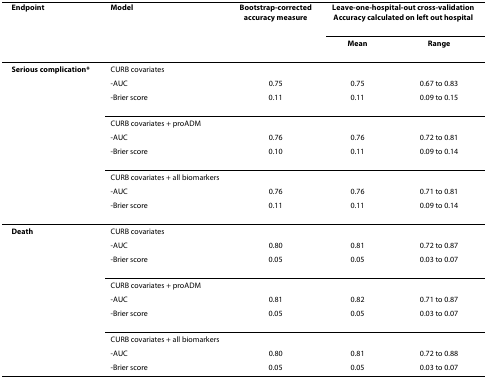
<table><thead><tr><td><b>Endpoint</b></td><td><b>Model</b></td><td><b>Bootstrap-corrected accuracy measure</b></td><td colspan="2"><b>Leave-one-hospital-out cross-validationAccuracy calculated on left out hospital</b></td></tr><tr><td></td><td></td><td></td><td><b>Mean</b></td><td><b>Range</b></td></tr></thead><tbody><tr><td><b>Serious complication*</b></td><td>CURB covariates</td><td></td><td></td><td></td></tr><tr><td></td><td>-AUC</td><td>0.75</td><td>0.75</td><td>0.67 to 0.83</td></tr><tr><td></td><td>-Brier score</td><td>0.11</td><td>0.11</td><td>0.09 to 0.15</td></tr><tr><td></td><td>CURB covariates + proADM</td><td></td><td></td><td></td></tr><tr><td></td><td>-AUC</td><td>0.76</td><td>0.76</td><td>0.72 to 0.81</td></tr><tr><td></td><td>-Brier score</td><td>0.10</td><td>0.11</td><td>0.09 to 0.14</td></tr><tr><td></td><td>CURB covariates + all biomarkers</td><td></td><td></td><td></td></tr><tr><td></td><td>-AUC</td><td>0.76</td><td>0.76</td><td>0.71 to 0.81</td></tr><tr><td></td><td>-Brier score</td><td>0.11</td><td>0.11</td><td>0.09 to 0.14</td></tr><tr><td><b>Death</b></td><td>CURB covariates</td><td></td><td></td><td></td></tr><tr><td></td><td>-AUC</td><td>0.80</td><td>0.81</td><td>0.72 to 0.87</td></tr><tr><td></td><td>-Brier score</td><td>0.05</td><td>0.05</td><td>0.03 to 0.07</td></tr><tr><td></td><td>CURB covariates + proADM</td><td></td><td></td><td></td></tr><tr><td></td><td>-AUC</td><td>0.81</td><td>0.82</td><td>0.71 to 0.87</td></tr><tr><td></td><td>-Brier score</td><td>0.05</td><td>0.05</td><td>0.03 to 0.07</td></tr><tr><td></td><td>CURB covariates + all biomarkers</td><td></td><td></td><td></td></tr><tr><td></td><td>-AUC</td><td>0.80</td><td>0.81</td><td>0.72 to 0.88</td></tr><tr><td></td><td>-Brier score</td><td>0.05</td><td>0.05</td><td>0.03 to 0.07</td></tr></tbody></table>